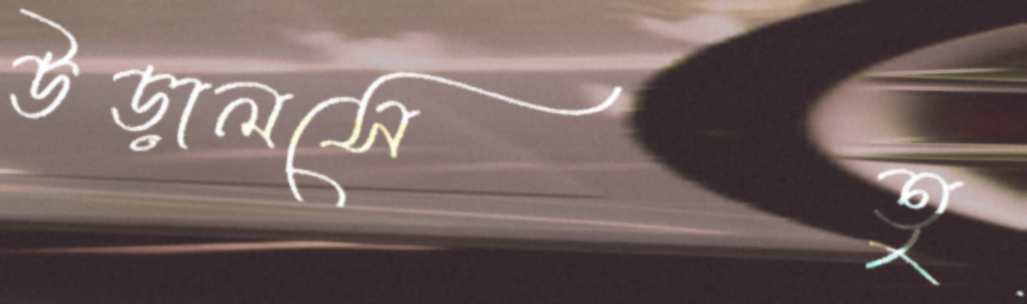
উড়ালসেতু